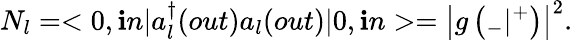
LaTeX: N_{l}=<0,\mathbf{i}n|a_{l}^{\dagger}(out)a_{l}(out)|0,\mathbf{i}n>=\left|g\left({}_{-}|{}^{+}\right)\right|^{2}.